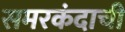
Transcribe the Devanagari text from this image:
समरकंदाची